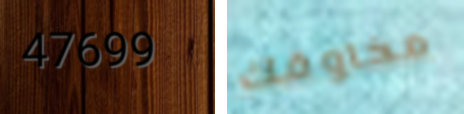
47699 مخاوفك